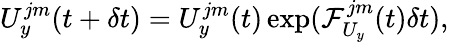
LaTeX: U_{y}^{jm}(t+\delta t)=U_{y}^{jm}(t)\exp(\mathcal{F}_{U_{y}}^{jm}(t)\delta t),